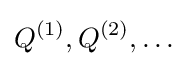
Q^{(1)},Q^{(2)},\ldots